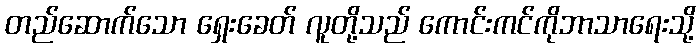
တည်ဆောက်သော ရှေးခေတ် လူတို့သည် ကောင်းကင်ကိုဘာသာရေးသို့